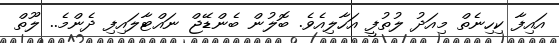
އައިފާ ކިހިނެތް މިއަދު ލުތުފީ އަހާލިއެވެ. ބޮލުން ބެންޑޭޖް ނައްޓާލައިފި ދެންމެ.. ލޫތް